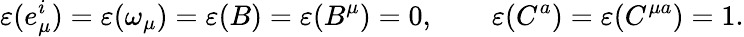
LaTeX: \varepsilon(e_{\mu}^{i})=\varepsilon(\omega_{\mu})=\varepsilon(B)=\varepsilon(B^{\mu})=0,\qquad\varepsilon(C^{a})=\varepsilon(C^{\mu a})=1.